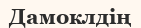
Дамоклдің